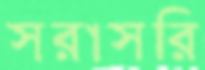
সরাসরি